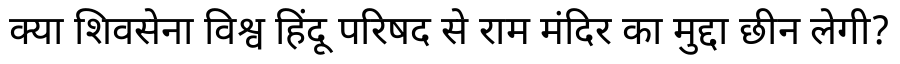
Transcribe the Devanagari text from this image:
क्या शिवसेना विश्व हिंदू परिषद से राम मंदिर का मुद्दा छीन लेगी?